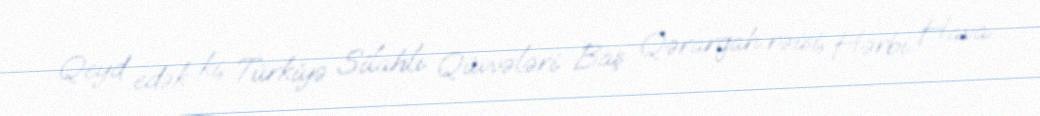
Qeyd edək ki, Türkiyə Silahlı Qüvvələri Baş Qərargah rəisi, Hərbi Hava